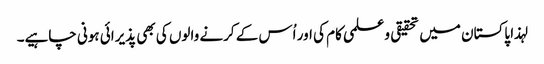
لہذا پاکستان میں تحقیقی وعلمی کام کی اور اُس کے کرنے والوں کی بھی پذیرائی ہونی چاہیے۔